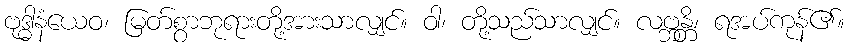
ဗုဒ္ဓါနံယေဝ၊ မြတ်စွာဘုရားတို့အားသာလျှင်။ ဝါ၊ တို့သည်သာလျှင်။ လဗ္ဘန္တိ၊ ရအပ်ကုန်၏။